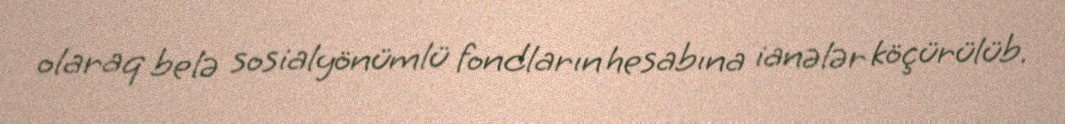
olaraq belə sosialyönümlü fondların hesabına ianələr köçürülüb.